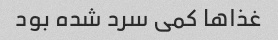
غذاها کمی سرد شده بود